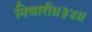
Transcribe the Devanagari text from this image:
निवारी॥३४॥